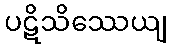
ပဋိသိဿေယျ